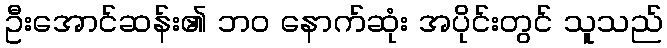
ဦးအောင်ဆန်း၏ ဘဝ နောက်ဆုံး အပိုင်းတွင် သူသည်